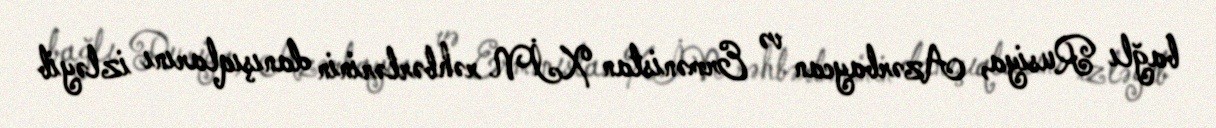
bağlı Rusiya, Azərbaycan və Ermənistan XİN rəhbərlərinin danışıqlarını izləyib